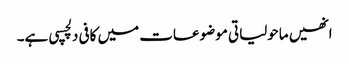
انھیں ماحولیاتی موضوعات میں کافی دلچسپی ہے۔